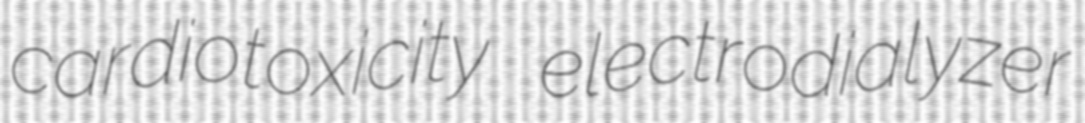
cardiotoxicity electrodialyzer